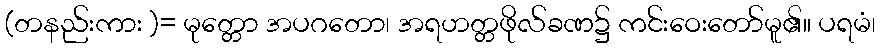
(တနည်းကား )= မုတ္တော အပဂတော၊ အရဟတ္တဖိုလ်ခဏ၌ ကင်းဝေးတော်မူ၏။ ပရမံ၊